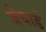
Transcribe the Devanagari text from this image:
जेयार्ड